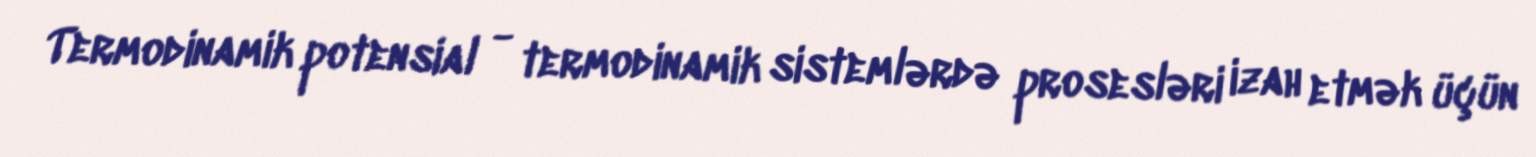
Termodinamik potensial - termodinamik sistemlərdə prosesləri izah etmək üçün